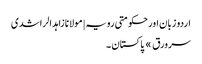
اردو زبان اور حکومتی رویہ | مولانا زاہد الراشدی
سرورق » پاکستان ۔